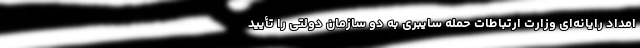
امداد رایانه‌ای وزارت ارتباطات حمله سایبری به دو سازمان دولتی را تأیید